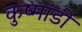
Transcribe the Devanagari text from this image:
कुष्मांडी